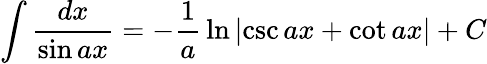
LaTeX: \int{\frac{dx}{\sin ax}}=-{\frac{1}{a}}\ln{\left|\csc{ax}+\cot{ax}\right|}+C